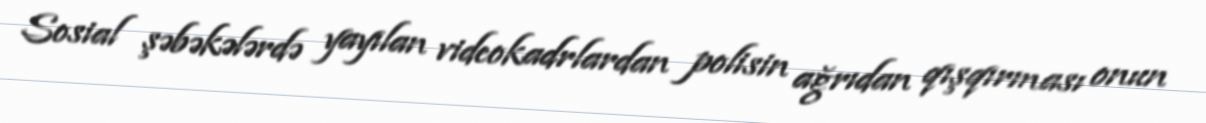
Sosial şəbəkələrdə yayılan videokadrlardan polisin ağrıdan qışqırması onun